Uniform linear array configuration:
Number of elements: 32
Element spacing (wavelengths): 0.5
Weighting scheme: hamming
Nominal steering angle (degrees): -45
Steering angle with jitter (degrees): -43.288
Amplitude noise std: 0.05
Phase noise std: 0.05

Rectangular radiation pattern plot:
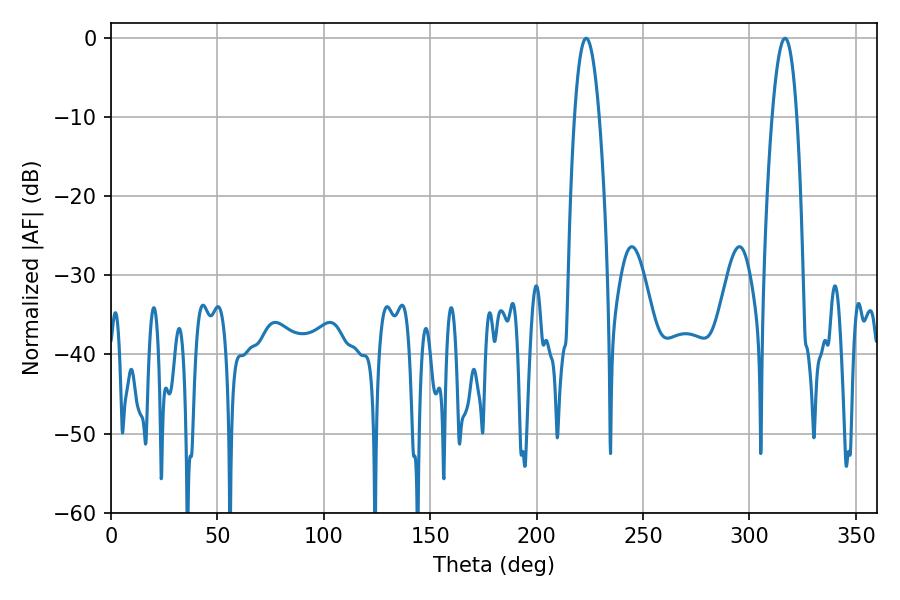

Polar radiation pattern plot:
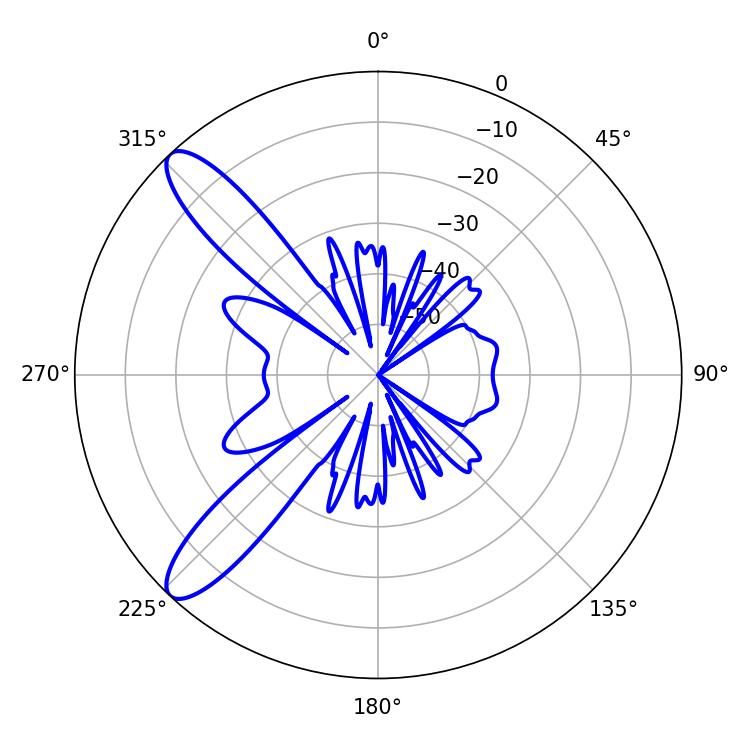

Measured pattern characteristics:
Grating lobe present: FALSE
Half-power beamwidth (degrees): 6.48
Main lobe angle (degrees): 223.2